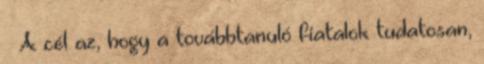
– A cél az, hogy a továbbtanuló fiatalok tudatosan,